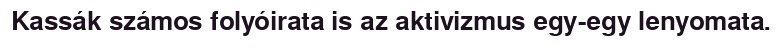
Kassák számos folyóirata is az aktivizmus egy-egy lenyomata.